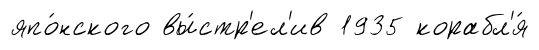
япо́нского вы́стр'ел'ив 1935 корабл'я́